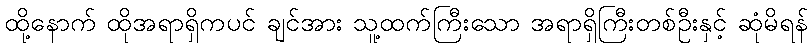
ထို့နောက် ထိုအရာရှိကပင် ချင်အား သူ့ထက်ကြီးသော အရာရှိကြီးတစ်ဦးနှင့် ဆုံမိရန်